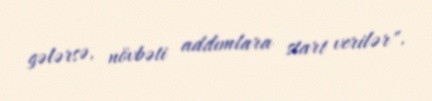
gələrsə, növbəti addımlara start verilər".